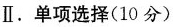
Ⅱ.单项选择(10分)